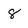
Character: 8